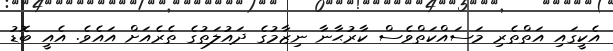
އެކީގައި އަތްތެރި މަސައްކަތްވެސް ކާރުޙާނާ ނިޒާމުގެ ދައުލަތުގެ ތެރެއަށް އައެވެ. އެއީ ބޮޑު